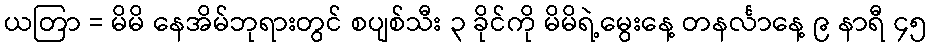
ယတြာ = မိမိ နေအိမ်ဘုရားတွင် စပျစ်သီး ၃ ခိုင်ကို မိမိရဲ့မွေးနေ့ တနင်္လာနေ့ ၉ နာရီ ၄၅